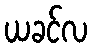
ယခင်လ